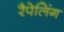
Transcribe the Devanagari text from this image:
रैपेलिंग